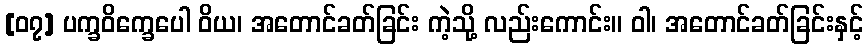
[၀၇] ပက္ခဝိက္ခေပေါ ဝိယ၊ အတောင်ခတ်ခြင်း ကဲ့သို့ လည်းကောင်း။ ဝါ၊ အတောင်ခတ်ခြင်းနှင့်